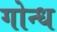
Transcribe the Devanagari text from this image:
गोन्ध